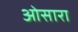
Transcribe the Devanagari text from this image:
ओसारा